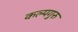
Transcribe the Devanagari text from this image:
कल्पगुरु